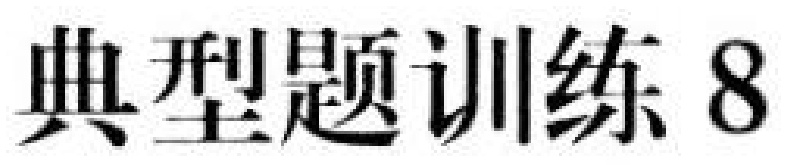
典型题训练 8